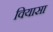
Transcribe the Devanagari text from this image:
वियासा